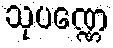
သုပဏ္ဏေ